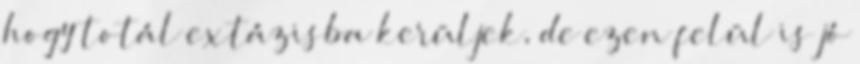
hogy totál extázisba kerüljek, de ezen felül is jó